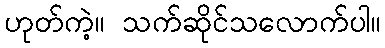
ဟုတ်ကဲ့။ သက်ဆိုင်သလောက်ပါ။